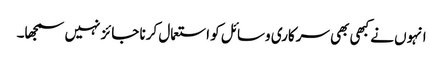
انہوں نے کبھی بھی سرکاری وسائل کو استعمال کرنا جائز نہیں سمجھا۔